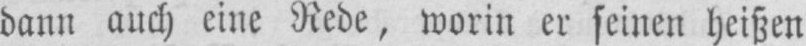
dann auch eine Rede, worin er seinen heißen